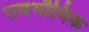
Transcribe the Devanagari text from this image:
रायभौमिक